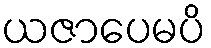
ယဇာပေမပိ